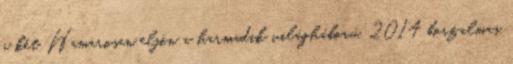
a két Hamarosan eljön a harmadik világháború, 2014 borzalmas